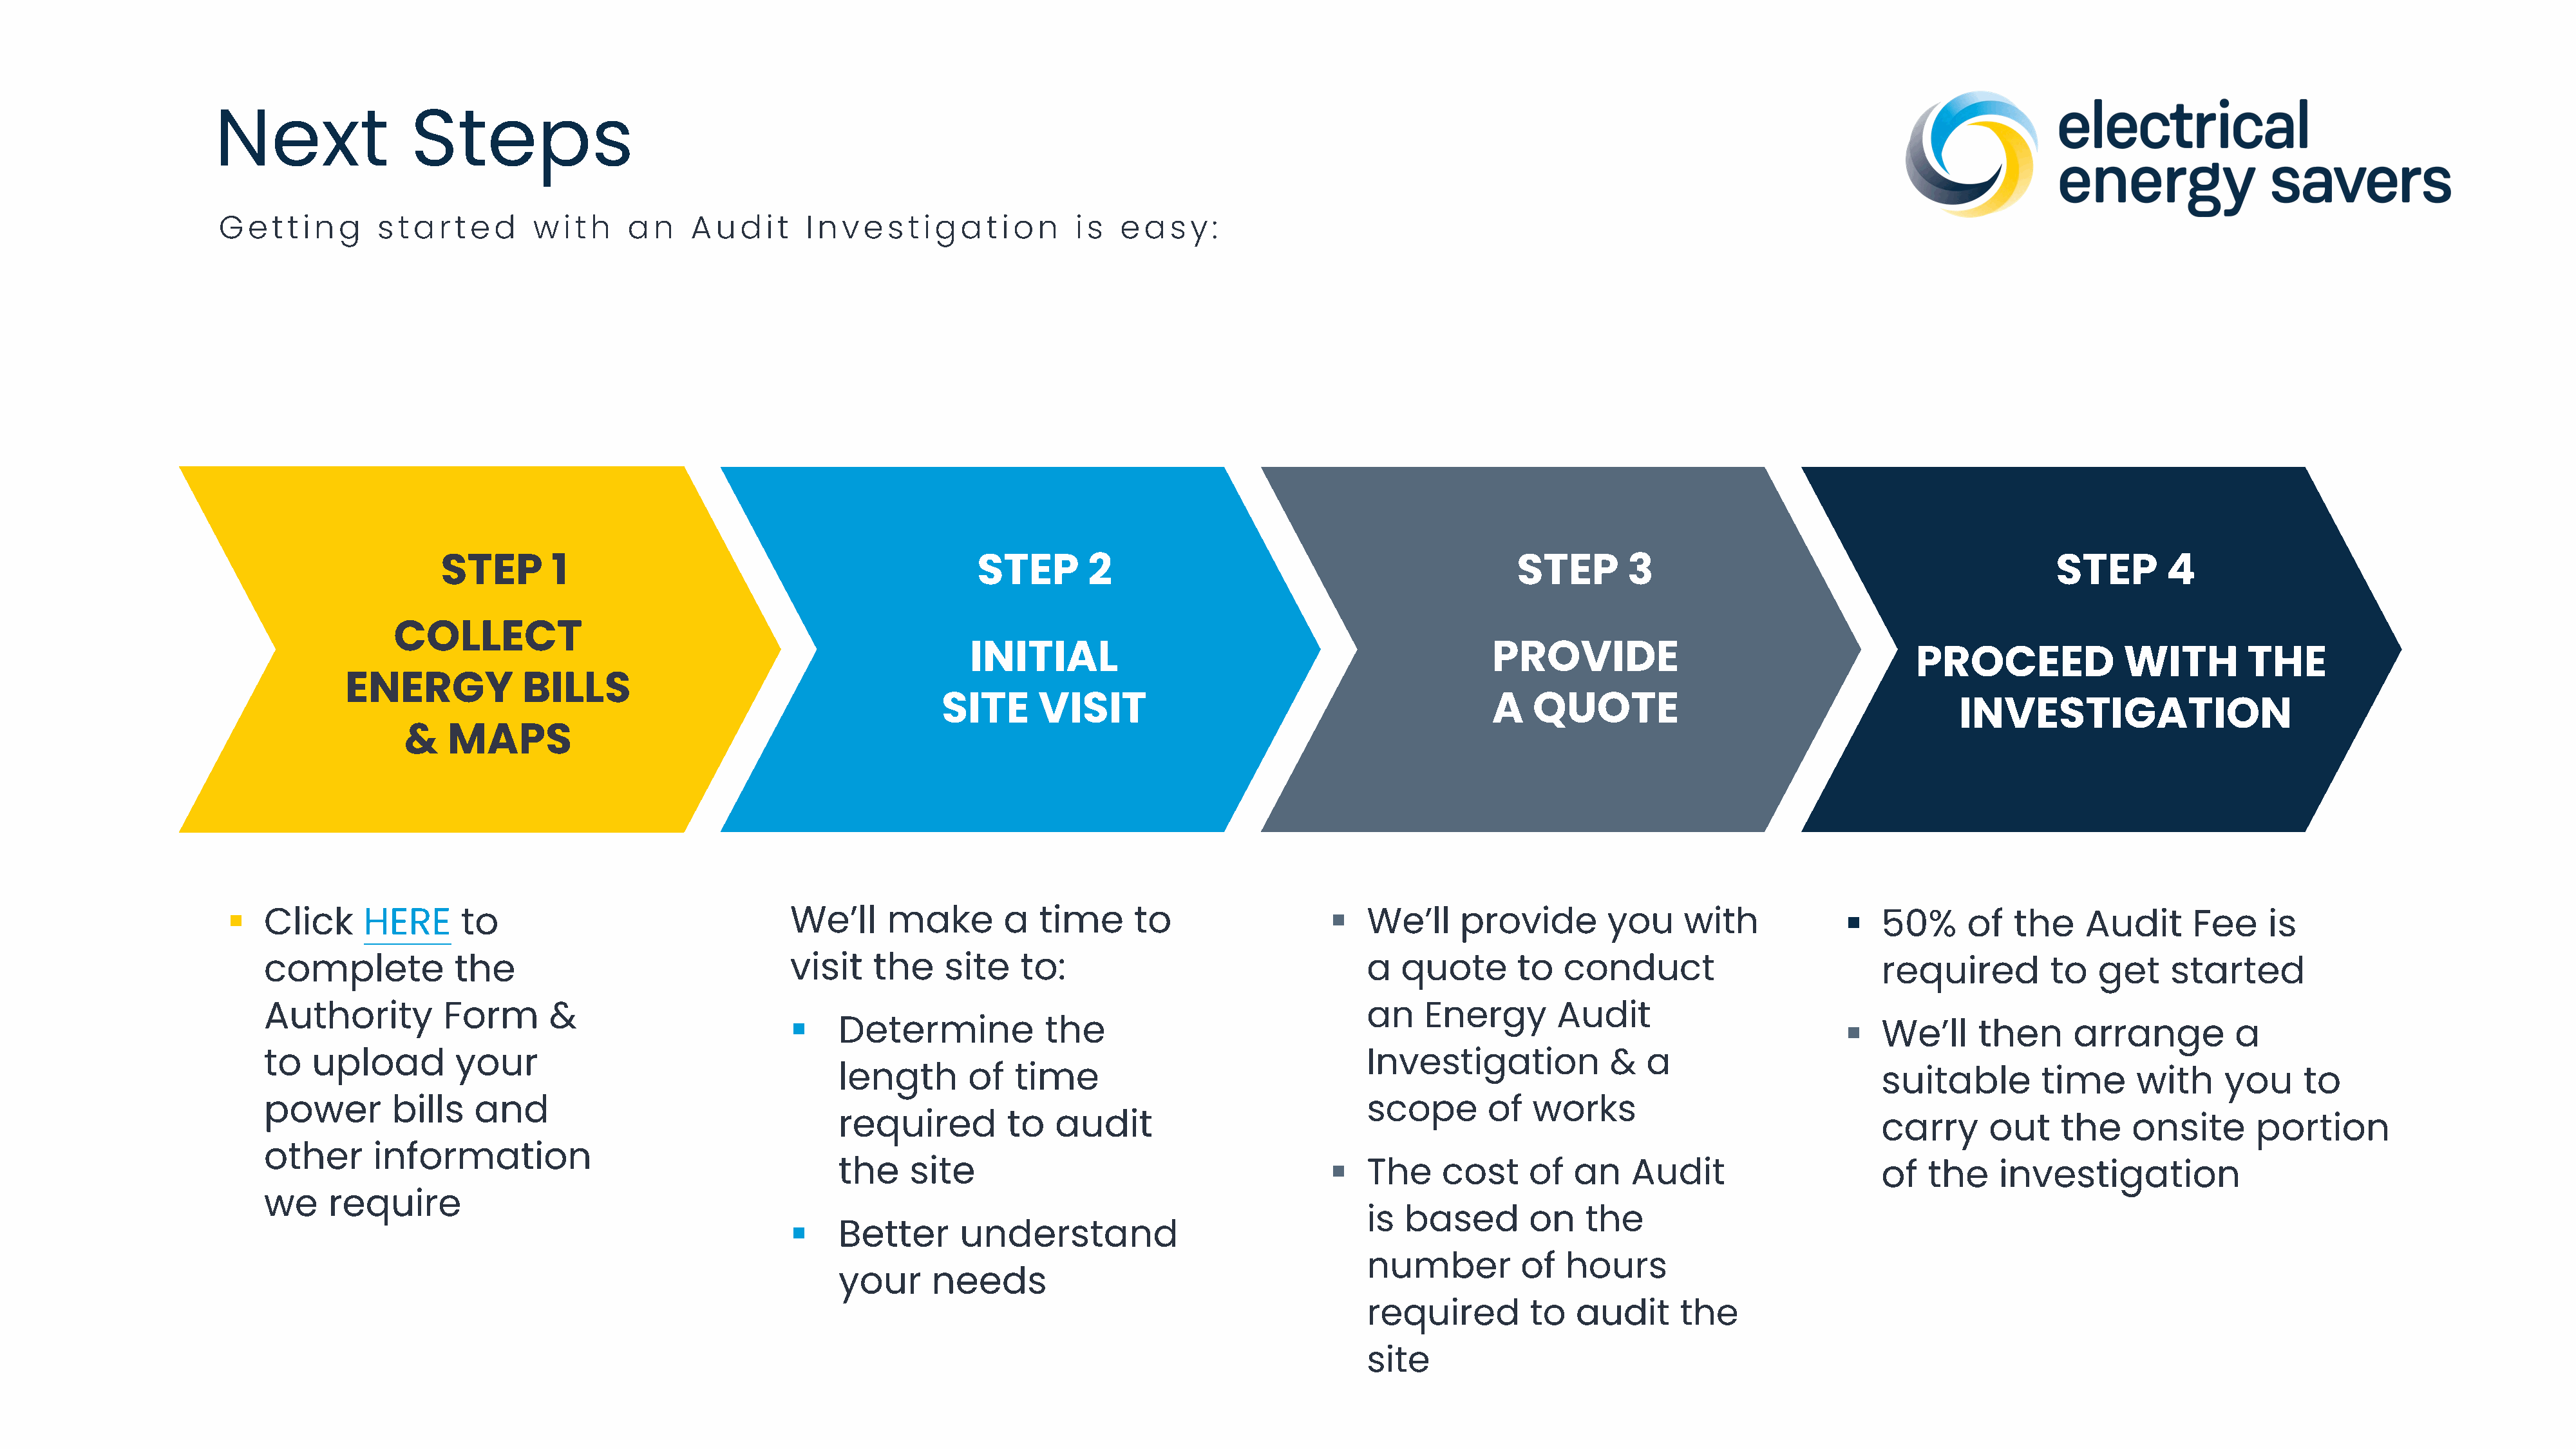
Next                Steps
 Getti     n  g   sta   rted      wi  th    an    Au   di  t  I n vesti    gati    on     i s easy      :
 STEP        1                                          STEP        2                                           STEP       3                                           STEP        4
 COLLECT
 INITIAL                                              PROVIDE
 PROCEED              WITH         THE
 ENERGY             BILLS
 SITE      VISIT                                         A    QUOTE
 INVESTIGATION
 &   MAPS
                                                                                                                                                                      
 Click     HERE      to                                We’ll     make        a   time      to                     We’ll     provide        you     with                50%      of   the    Audit      Fee     is
 complete            the                               visit    the    site    to:                                a   quote       to   conduct                         required          to   get    started
 Authority          Form      &                                                                                  an    Energy        Audit                         
 Determine            the                                                                                   We’ll     then      arrange          a
 to   upload         your                                                                                         Investigation            &   a
 length       of   time                                                                                     suitable         time      with     you     to
 power        bills    and                                                                                        scope        of  works
 required          to  audit                                                                                carry      out     the    onsite       portion
 other      information                                                                                        
 the    site                                           The     cost     of   an    Audit                    of   the    investigation
 we     require
                                                           is  based        on    the
 Better       understand
 number          of   hours
 your      needs
 required         to   audit      the
 site